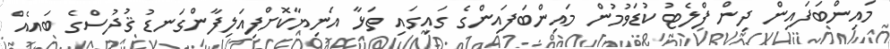
މައިންބަފައިން ދިން ފްލެޓު ކުޑަވުމުން މައިންބަފައިންގެ ގައިގައި ތަޅާ އަނިޔާކޮށްފިއަލިފާންގަނޑު ޤުދުސްގެ ބައެއް